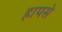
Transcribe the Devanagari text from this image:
हापसे